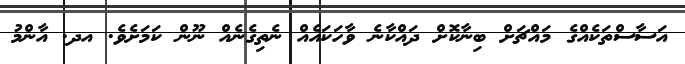
އަސާސްތަކެއްގެ މައްޗަށް ބިނާކޮށް ދައްކާނެ ވާހަކައެއް ނެތިގެނެއް ނޫން ކަމަށެވެ. އދ. އާންމު